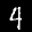
Label: 4